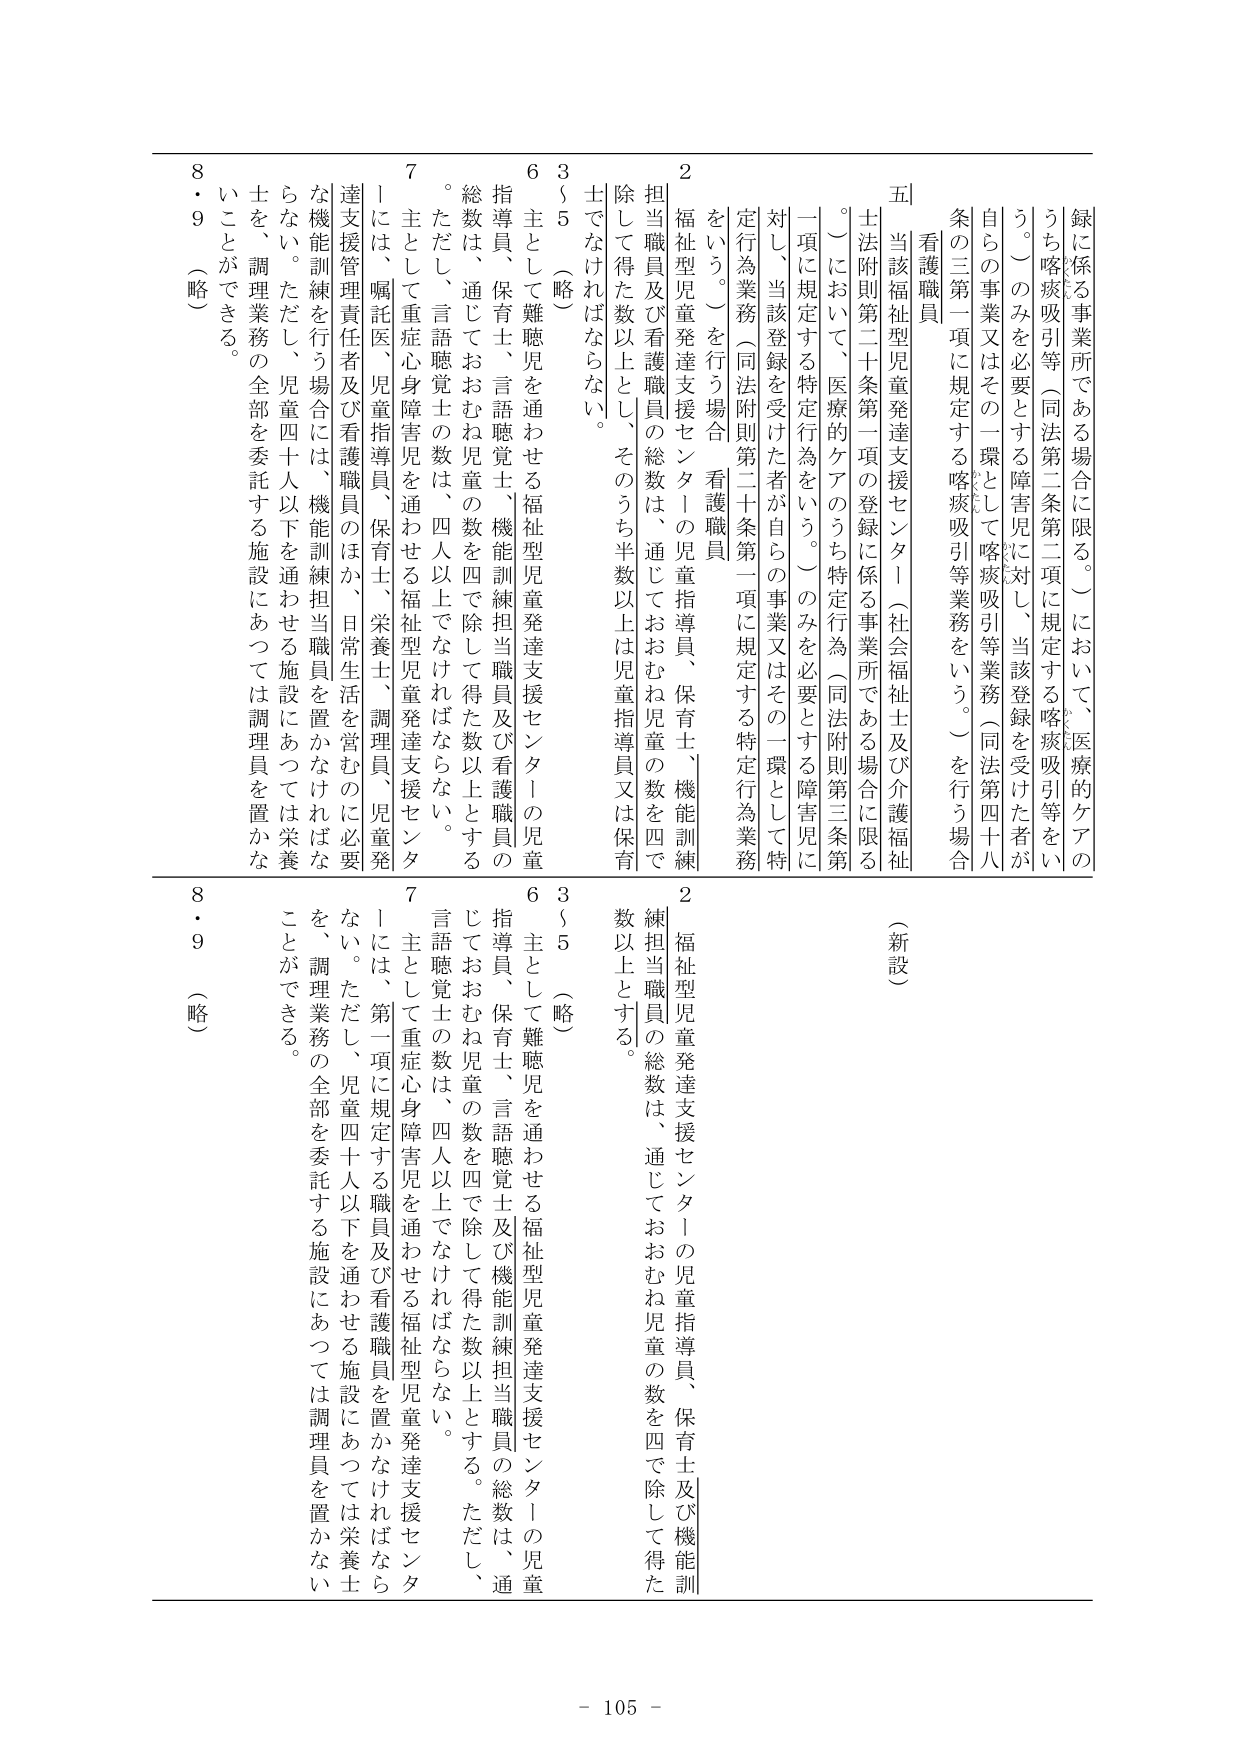
録に係る事業所である場合に限る。）において、医療的ケアの
うち喀痰吸引等（同法第二条第二項に規定する喀痰吸引等をい
う。）のみを必要とする障害児に対し、当該登録を受けた者が
自らの事業又はその一環として喀痰吸引等業務（同法第四十八
条の三第一項に規定する喀痰吸引等業務をいう。）を行う場合
看護職員
五　当該福祉型児童発達支援センター（社会福祉士及び介護福祉
士法附則第二十条第一項の登録に係る事業所である場合に限る
。）において、医療的ケアのうち特定行為（同法附則第三条第
一項に規定する特定行為をいう。）のみを必要とする障害児に
対し、当該登録を受けた者が自らの事業又はその一環として特
定行為業務（同法附則第二十条第一項に規定する特定行為業務
をいう。）を行う場合　看護職員
２　福祉型児童発達支援センターの児童指導員、保育士、機能訓練
担当職員及び看護職員の総数は、通じておおむね児童の数を四で
除して得た数以上とし、そのうち半数以上は児童指導員又は保育
士でなければならない。
３～５　（略）
６　主として難聴児を通わせる福祉型児童発達支援センターの児童
指導員、保育士、言語聴覚士、機能訓練担当職員及び看護職員の
総数は、通じておおむね児童の数を四で除して得た数以上とする
。ただし、言語聴覚士の数は、四人以上でなければならない。
７　主として重症心身障害児を通わせる福祉型児童発達支援センタ
ーには、嘱託医、児童指導員、保育士、栄養士、調理員、児童発
達支援管理責任者及び看護職員のほか、日常生活を営むのに必要
な機能訓練を行う場合には、機能訓練担当職員を置かなければな
らない。ただし、児童四十人以下を通わせる施設にあっては栄養
士を、調理業務の全部を委託する施設にあっては調理員を置かな
いことができる。
８・９　（略）

（新設）
２　福祉型児童発達支援センターの児童指導員、保育士及び機能訓
練担当職員の総数は、通じておおむね児童の数を四で除して得た
数以上とする。
３～５　（略）
６　主として難聴児を通わせる福祉型児童発達支援センターの児童
指導員、保育士、言語聴覚士及び機能訓練担当職員の総数は、通
じておおむね児童の数を四で除して得た数以上とする。ただし、
言語聴覚士の数は、四人以上でなければならない。
７　主として重症心身障害児を通わせる福祉型児童発達支援センタ
ーには、第一項に規定する職員及び看護職員を置かなければなら
ない。ただし、児童四十人以下を通わせる施設にあっては栄養士
を、調理業務の全部を委託する施設にあっては調理員を置かない
ことができる。
８・９　（略）

- 105 -